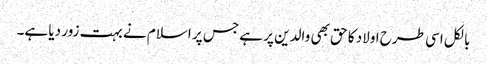
بالکل اسی طرح اولاد کا حق بھی والدین پر ہے جس پر اسلام نے بہت زور دیا ہے۔